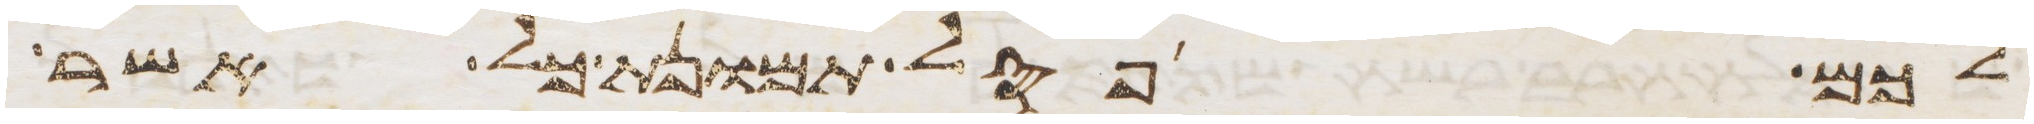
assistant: לכם פסל תמונת כל אשר